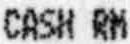
CASH RM